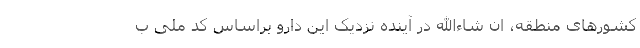
کشورهای منطقه، ان شاءالله در آینده نزدیک این دارو براساس کد ملی ب